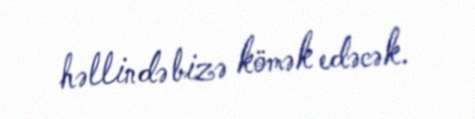
həllində bizə kömək edəcək.